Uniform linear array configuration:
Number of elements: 16
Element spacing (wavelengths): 0.25
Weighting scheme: hann
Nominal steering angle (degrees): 15
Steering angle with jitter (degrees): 16.242
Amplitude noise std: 0.05
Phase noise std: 0.05

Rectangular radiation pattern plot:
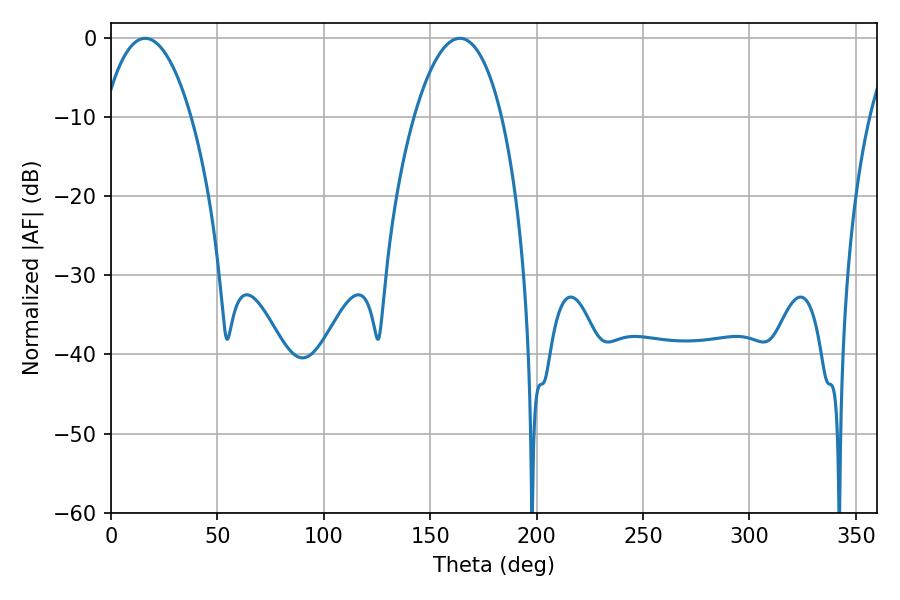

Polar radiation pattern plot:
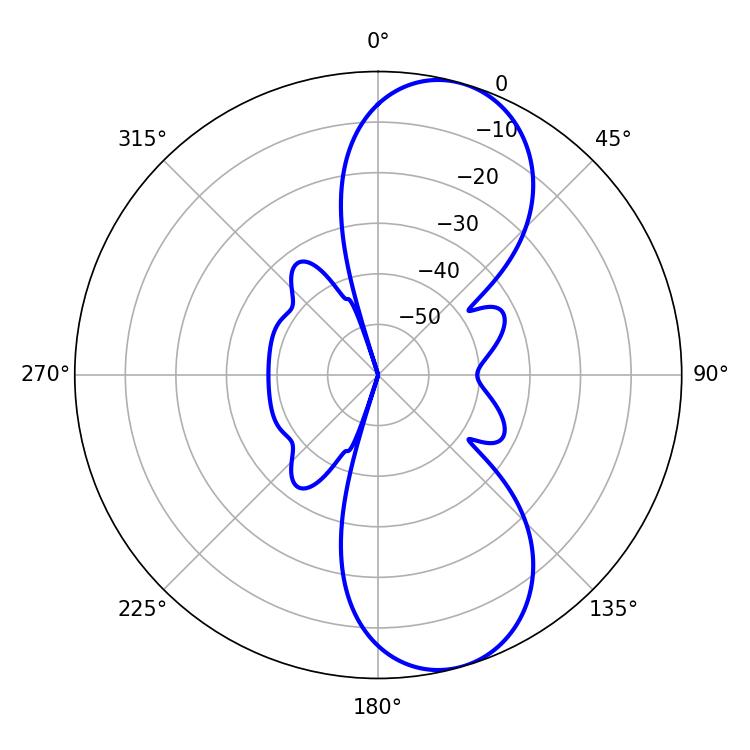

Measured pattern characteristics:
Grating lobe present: FALSE
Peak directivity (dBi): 9.199
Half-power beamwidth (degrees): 23.04
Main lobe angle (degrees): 16.02